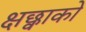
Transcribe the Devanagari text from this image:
क्षछ्वाको